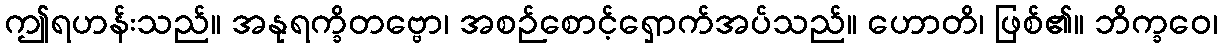
ဤရဟန်းသည်။ အနုရက္ခိတဗ္ဗော၊ အစဉ်စောင့်ရှောက်အပ်သည်။ ဟောတိ၊ ဖြစ်၏။ ဘိက္ခဝေ၊